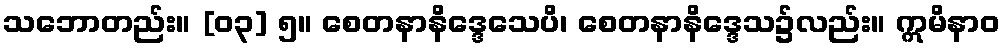
သဘောတည်း။ [၀၃] ၅။ စေတနာနိဒ္ဒေသေပိ၊ စေတနာနိဒ္ဒေသ၌လည်း။ ဣမိနာဝ